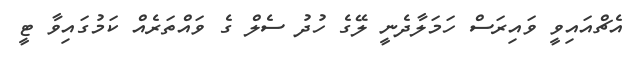
އެޗްއައިވީ ވައިރަސް ހަމަލާދެނީ ލޭގެ ހުދު ސެލް ގެ ވައްތަރެއް ކަމުގައިވާ ޓީ